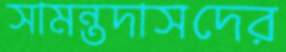
সামন্তদাসদের